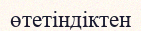
өтетіндіктен